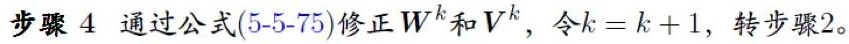
步骤 4 通过公式(5-5-75)修正$W^{k}$和$V^{k}$，令$k = k + 1$，转步骤2。